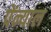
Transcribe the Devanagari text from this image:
पेंन्याल